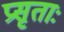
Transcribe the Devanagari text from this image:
प्रसृताः